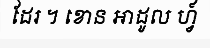
ដែរ ។ ខោន អាដូល ហ្វ៍